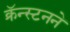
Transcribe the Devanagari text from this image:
क्रॅन्स्टनने